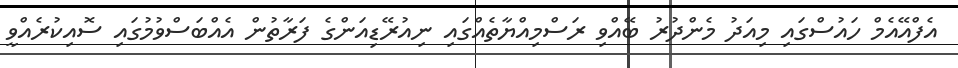
އެފްއޭއެމް ހައުސްގައި މިއަދު މެންދުރު ބޭއްވި ރަސްމިއްޔާތެއްގައި ނިއުރޭޑިއަންގެ ފަރާތުން އެއްބަސްވުމުގައި ސޮއިކުރެއްވީ